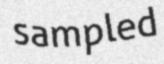
sampled